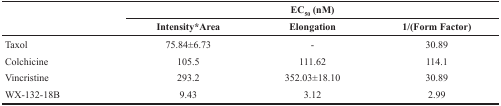
| <ROWSPAN=2>  | <COLSPAN=3> EC50 (nM) |
 | Intensity*Area | Elongation | 1/(Form Factor) |
 | --- | --- | --- | --- |
 | Taxol | 75.84±6.73 | - | 30.89 |
 | Colchicine | 105.5 | 111.62 | 114.1 |
 | Vincristine | 293.2 | 352.03±18.10 | 30.89 |
 | WX-132-18B | 9.43 | 3.12 | 2.99 |